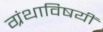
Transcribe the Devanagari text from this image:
ग्रंथाविषयीं